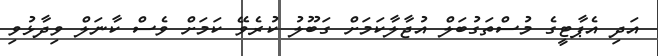
އަދި އެޕާޓީގެ މުސްތަގުބަލް އުޖާލާކަމަށް ގަބޫލު ކުރެވޭ ކަމަށް ވެސް ކާނަލް ވިދާޅުވި